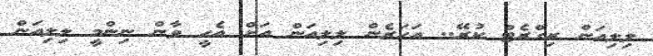
ލިލިއަން ރިގްރެޓް ކުރޭ.. އަހަރެން ލިލިއަން އަށް އެހީ ވާން ނިންމީ ލިލިއަން